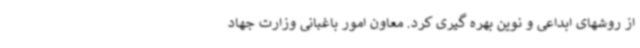
از روشهای ابداعی و نوین بهره گیری کرد. معاون امور باغبانی وزارت جهاد